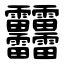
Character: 䨻